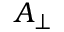
A _ { \perp }